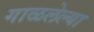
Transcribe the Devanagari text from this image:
गाळलेल्या